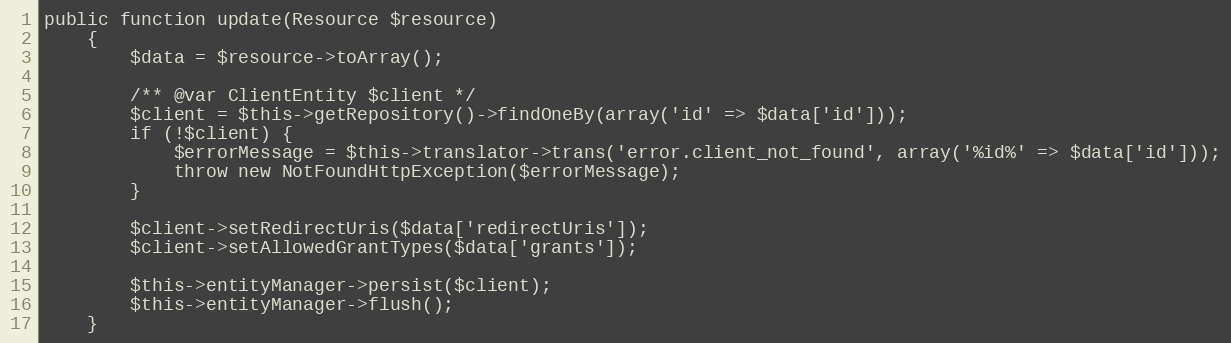
Language: PHP
public function update(Resource $resource)
    {
        $data = $resource->toArray();

        /** @var ClientEntity $client */
        $client = $this->getRepository()->findOneBy(array('id' => $data['id']));
        if (!$client) {
            $errorMessage = $this->translator->trans('error.client_not_found', array('%id%' => $data['id']));
            throw new NotFoundHttpException($errorMessage);
        }

        $client->setRedirectUris($data['redirectUris']);
        $client->setAllowedGrantTypes($data['grants']);

        $this->entityManager->persist($client);
        $this->entityManager->flush();
    }